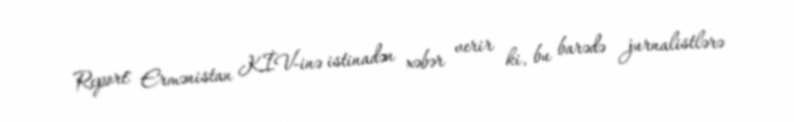
Report" Ermənistan KİV-inə istinadən xəbər verir ki, bu barədə jurnalistlərə